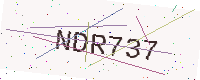
Text: NDR737